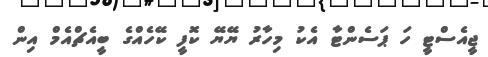
ޖީއެސްޓީ ހަ ޕަސެންޓާ އެކު މިހާރު ޔޭޔޭ ކޮފީ ކޭހެއްގެ ބީއެޗްއެމް އިން